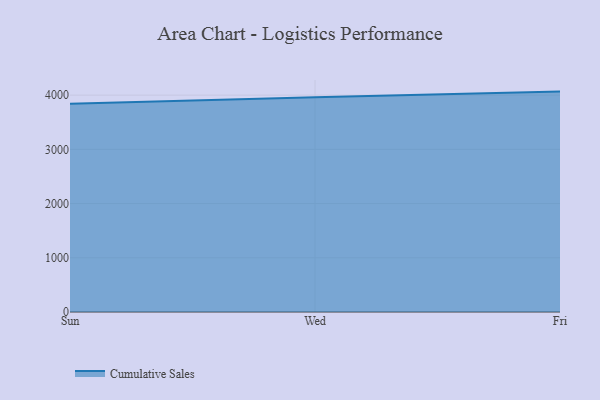
{"axis": {"x": "Day", "y": "Market Share (%)"}, "legend": ["Cumulative Sales"], "data": [{"x": "Sun", "y": 3840.1, "type": "Cumulative Sales"}, {"x": "Wed", "y": 3960.2, "type": "Cumulative Sales"}, {"x": "Fri", "y": 4065.3, "type": "Cumulative Sales"}]}